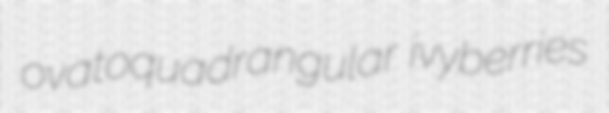
ovatoquadrangular ivyberries